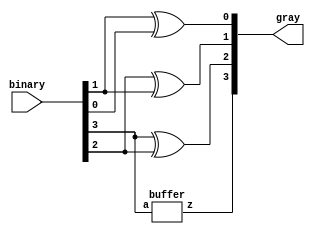
`timescale 1ns / 1ps

module binary_to_gray_st(
    output [3:0] gray,
     input [3:0] binary
    );
    buffer b1(gray[3],binary[3]);
        xor x1(gray[2],binary[3],binary[2]),
            x2(gray[1],binary[2],binary[1]),
            x3(gray[0],binary[1],binary[0]);
endmodule
module buffer (output z,input a);
assign z=a;
endmodule